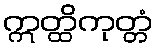
ဣတ္ထိကုတ္တံ